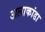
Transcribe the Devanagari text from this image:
अलाकांडा